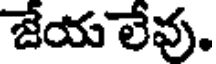
జేయ లేవు.